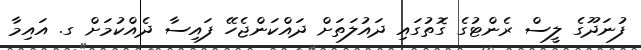
ފުނަދޫގެ ލީސް ރެންޓުގެ ގޮތުގައި ދައުލަތަށް ދައްކަންޖެހޭ ފައިސާ ދެއްކުމަށް ގ. އައިމާ